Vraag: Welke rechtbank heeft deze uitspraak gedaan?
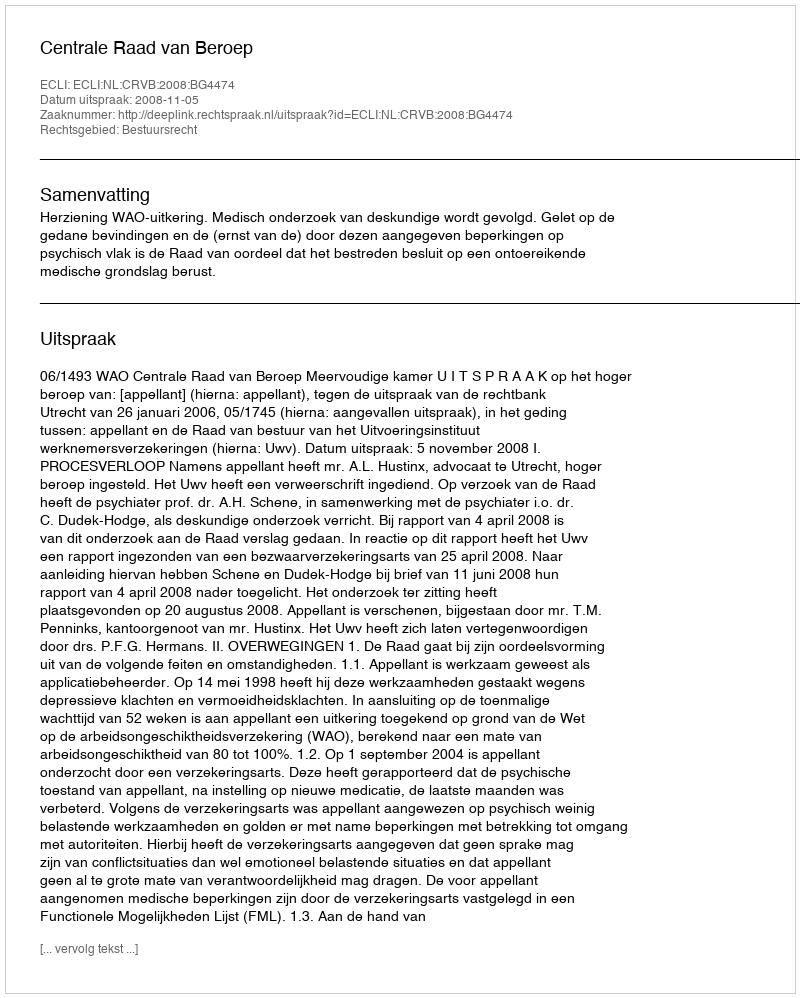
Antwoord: Centrale Raad van Beroep